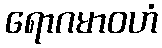
ရောဂမာဝဟံ